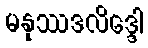
မနုဿဒလိဒ္ဒေါ